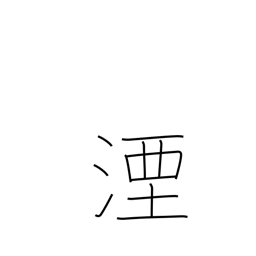
Meaning: sink